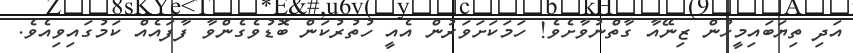
އަދި ތިޔަބައިމީހުން ޒިނޭއާ ގާތްނުވާށެވެ! ހަމަކަށަވަރުން އެއީ ހުތުރުކަން ބޮޑުވެގެންވާ ފާފައެއް ކަމުގައިވިއެވެ.